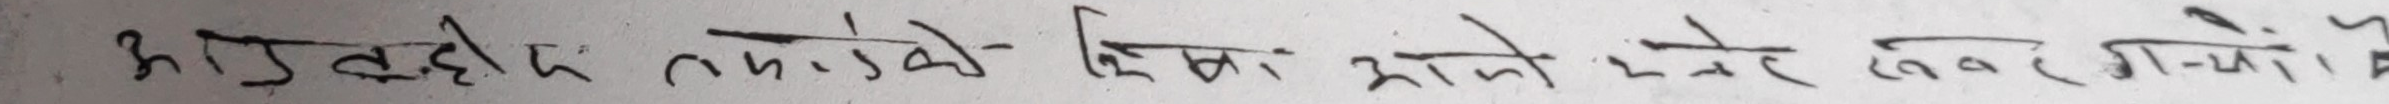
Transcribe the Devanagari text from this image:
भौगुल्ली लगाए - दिमा मा चढेर गएका हो